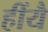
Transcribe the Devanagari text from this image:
हींयै